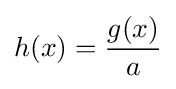
h(x)={\frac {g(x)}{a}}